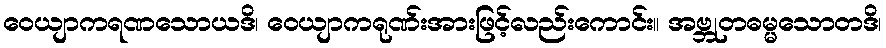
ဝေယျာကရဏသောယဒိ၊ ဝေယျာကရုဏ်းအားဖြင့်လည်းကောင်း။ အဗ္ဘုတဓမ္မသောတဒိ၊